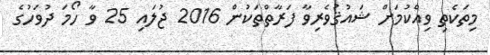
މިތަކެތި ވިއްކުމަށް ޝައުޤުވެރިވާ ފަރާތްތަކުން 2016 ޖުލައި 25 ވާ ހޯމަ ދުވަހުގެ